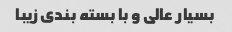
بسیار عالی و با بسته بندی زیبا